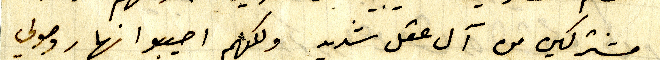
مشتركين من آل عقل شديد ولكنهم اصيبو نهار وصولي